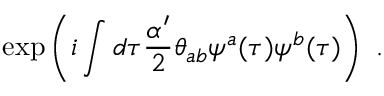
\exp \left( i \int d \tau \frac { \alpha ^ { \prime } } { 2 } \theta _ { a b } \psi ^ { a } ( \tau ) \psi ^ { b } ( \tau ) \right) \ .